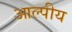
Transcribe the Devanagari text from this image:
आल्पीय